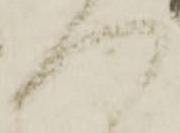
へ